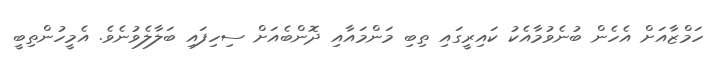
ހަމްޒާއަށް އެހެން ބުނެވުމާއެކު ކައިރީގައި ތިބި މަންމައާއި ދޮންބެއަށް ސިހިފައި ބަލާލެވުނެވެ. އެމީހުންތިބީ